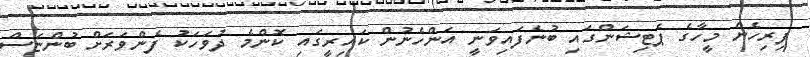
ފިރިހެން މީހާގެ ޕެޓިޝަންގައި ބުނެފައިވަނީ އަންހެނުން ކައިރީގައި ކޮންމެ ދުވަހަކު ފެންވަރަށް ބުންޏަސް